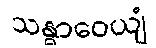
သန္ဓာဝေယျံ